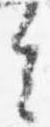
去